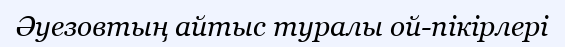
Әуезовтың айтыс туралы ой-пікірлері